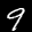
Label: 9